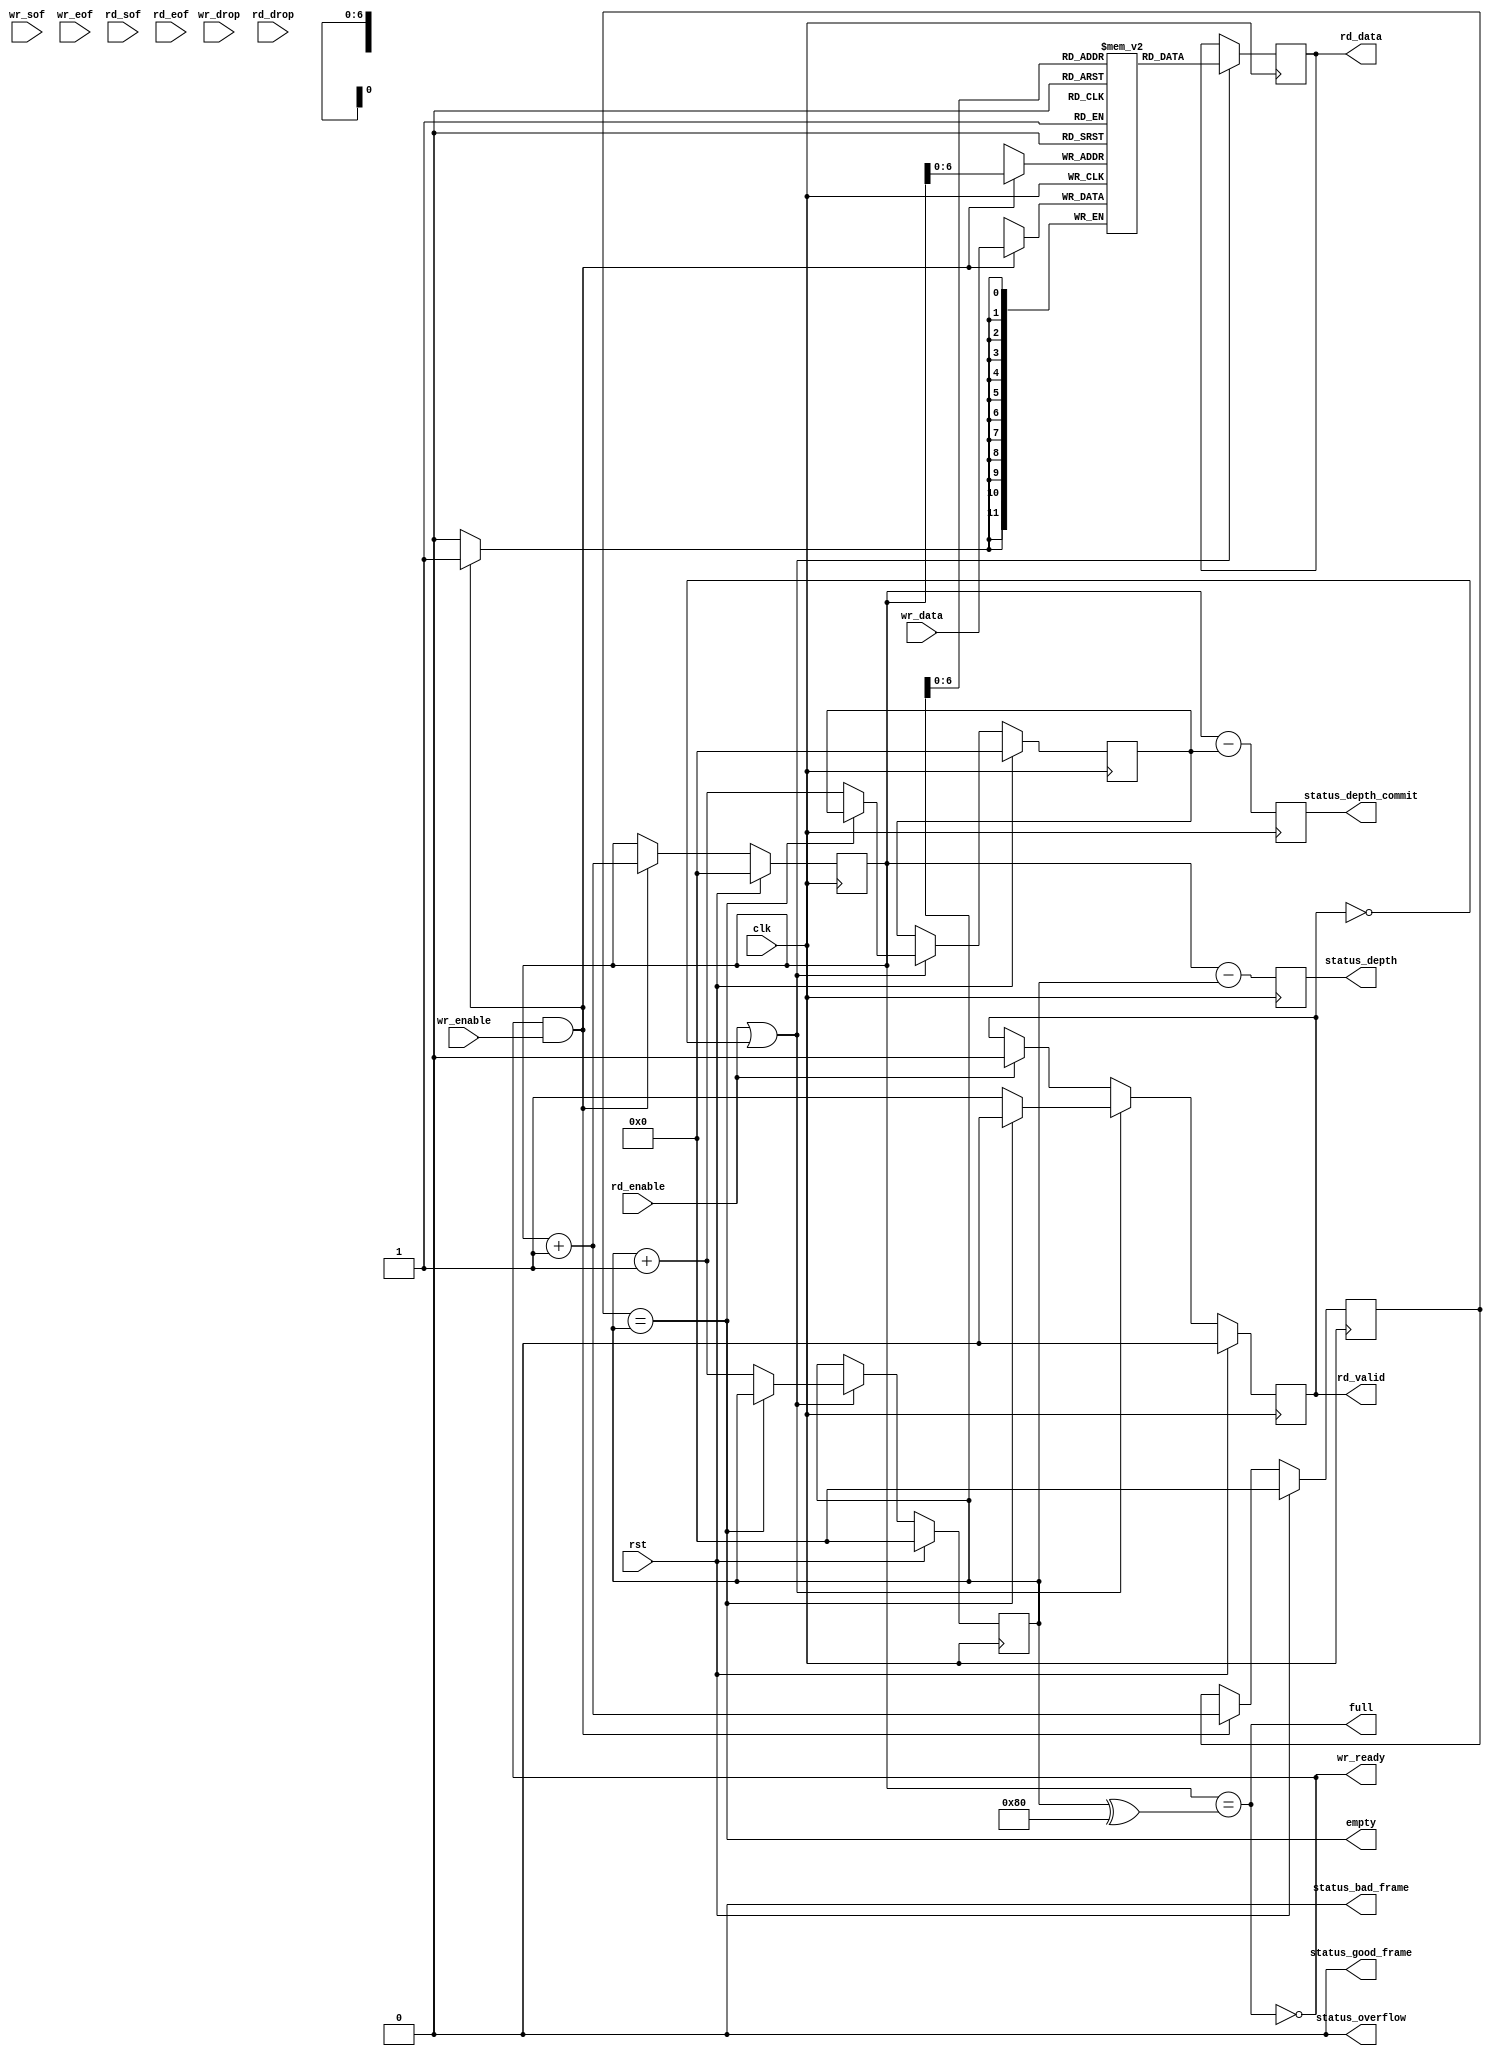
/*

Copyright (c) 2023 Carlos Megas Nez

Permission is hereby granted, free of charge, to any person obtaining a copy
of this software and associated documentation files (the "Software"), to deal
in the Software without restriction, including without limitation the rights
to use, copy, modify, merge, publish, distribute, sublicense, and/or sell
copies of the Software, and to permit persons to whom the Software is
furnished to do so, subject to the following conditions:

The above copyright notice and this permission notice shall be included in
all copies or substantial portions of the Software.

THE SOFTWARE IS PROVIDED "AS IS", WITHOUT WARRANTY OF ANY KIND, EXPRESS OR
IMPLIED, INCLUDING BUT NOT LIMITED TO THE WARRANTIES OF MERCHANTABILITY
FITNESS FOR A PARTICULAR PURPOSE AND NONINFRINGEMENT. IN NO EVENT SHALL THE
AUTHORS OR COPYRIGHT HOLDERS BE LIABLE FOR ANY CLAIM, DAMAGES OR OTHER
LIABILITY, WHETHER IN AN ACTION OF CONTRACT, TORT OR OTHERWISE, ARISING FROM,
OUT OF OR IN CONNECTION WITH THE SOFTWARE OR THE USE OR OTHER DEALINGS IN
THE SOFTWARE.

*/

`resetall
`timescale 1ns / 1ps
`default_nettype none

/*
 * Modified version of Alex Forencich's AXI4-Stream FIFO
 */
module switch_simple_fifo #
(
    // FIFO depth
    // Rounded up to nearest power of 2 cycles
    parameter DEPTH = 128,
    // Width of the data words in bits
    parameter DATA_WIDTH = 12,
    // Fill at initialization
    parameter FILL_INIT = 0,
    // Frame FIFO mode - operate on frames instead of cycles in write port
    parameter FRAME_FIFO_WR = 0,
    // Frame FIFO mode - operate on frames instead of cycles in read port
    parameter FRAME_FIFO_RD = 0,
    // Drop frames larger than FIFO
    // Requires FRAME_FIFO set
    parameter DROP_OVERSIZE_FRAME = FRAME_FIFO_RD || FRAME_FIFO_WR,
    // Drop frames marked bad
    // Requires FRAME_FIFO and DROP_OVERSIZE_FRAME set
    parameter DROP_BAD_FRAME = 0,
    // Drop incoming frames when full
    // When set, sw_in_data_ready is always asserted
    // Requires FRAME_FIFO and DROP_OVERSIZE_FRAME set
    parameter DROP_WHEN_FULL = 0
)
(
    input  wire                   clk,
    input  wire                   rst,
    
    /*
     * Write interface
     */
    input  wire [DATA_WIDTH-1:0]  wr_data,
    input  wire                   wr_enable,
    output wire                   wr_ready,
    input  wire                   wr_sof,
    input  wire                   wr_eof,
    input  wire                   wr_drop,

    /*
     * Read interface
     */
    output wire [DATA_WIDTH-1:0]  rd_data,
    input  wire                   rd_enable,
    output wire                   rd_valid,
    input  wire                   rd_sof,
    input  wire                   rd_eof,
    input  wire                   rd_drop,

    /*
     * Status output
     */
    output wire                   empty,
    output wire                   full,
    output wire [$clog2(DEPTH):0] status_depth,
    output wire [$clog2(DEPTH):0] status_depth_commit,
    output wire                   status_overflow,
    output wire                   status_bad_frame,
    output wire                   status_good_frame
);

// Width of the address (write and read pointers) bus in width
parameter ADDR_WIDTH = $clog2(DEPTH);

// check configuration
initial begin
    if (FRAME_FIFO_WR && FRAME_FIFO_RD) begin
        $error("Error: FRAME_FIFO_WR and FRAME_FIFO_RD are not compatible (instance %m)");
        $finish;
    end

    if (FRAME_FIFO_WR && FILL_INIT) begin
        $error("Error: FRAME_FIFO_WR and FILL_INIT are not compatible (instance %m)");
        $finish;
    end

    if (DROP_OVERSIZE_FRAME && !(FRAME_FIFO_WR || FRAME_FIFO_RD)) begin
        $error("Error: DROP_OVERSIZE_FRAME set requires FRAME_FIFO_WR or FRAME_FIFO_RD set (instance %m)");
        $finish;
    end

    if (DROP_BAD_FRAME && !((FRAME_FIFO_WR || FRAME_FIFO_RD) && DROP_OVERSIZE_FRAME)) begin
        $error("Error: DROP_BAD_FRAME set requires FRAME_FIFO_WR or FRAME_FIFO_RD and DROP_OVERSIZE_FRAME set (instance %m)");
        $finish;
    end

    if (DROP_WHEN_FULL && !((FRAME_FIFO_WR || FRAME_FIFO_RD) && DROP_OVERSIZE_FRAME)) begin
        $error("Error: DROP_WHEN_FULL set requires FRAME_FIFO_WR or FRAME_FIFO_RD and DROP_OVERSIZE_FRAME set (instance %m)");
        $finish;
    end
end

// instantiate RAM for FIFO
(* ramstyle = "no_rw_check" *)
reg [DATA_WIDTH-1:0] mem[(2**ADDR_WIDTH)-1:0];

// auxiliar registers and wires
reg [DATA_WIDTH-1:0] rd_data_reg;
reg [DATA_WIDTH-1:0] rd_data_commit_reg;
reg [DATA_WIDTH-1:0] rd_data_bad_reg;
reg rd_data_select_reg = 1'b0;

// register for reading shortcircuit
reg rd_valid_reg = 1'b0;

reg [ADDR_WIDTH:0] wr_ptr_reg = 0;
reg [ADDR_WIDTH:0] wr_ptr_commit_reg = 0;
reg [ADDR_WIDTH:0] rd_ptr_reg = 0;
reg [ADDR_WIDTH:0] rd_ptr_commit_reg = 0;

// full when first MSB different but rest same
assign full = wr_ptr_reg == (rd_ptr_reg ^ {1'b1, {ADDR_WIDTH{1'b0}}});
// empty when pointers match exactly
assign empty = wr_ptr_commit_reg == rd_ptr_reg;
// overflow within packet
wire empty_rd = rd_ptr_reg == (rd_ptr_commit_reg ^ {1'b1, {ADDR_WIDTH{1'b0}}});
wire full_wr = wr_ptr_reg == (wr_ptr_commit_reg ^ {1'b1, {ADDR_WIDTH{1'b0}}});

reg drop_frame_reg = 1'b0;
reg send_frame_reg = 1'b0;
reg [ADDR_WIDTH:0] depth_reg = 0;
reg [ADDR_WIDTH:0] depth_commit_reg = 0;
reg overflow_reg = 1'b0;
reg bad_frame_reg = 1'b0;
reg good_frame_reg = 1'b0;

assign wr_ready = FRAME_FIFO_WR ? (!full || (full_wr && DROP_OVERSIZE_FRAME) || DROP_WHEN_FULL) : !full;

// map output read
assign rd_data = !rd_data_select_reg ? rd_data_reg : rd_data_bad_reg;
// valid read data
assign rd_valid = rd_valid_reg;

// status depth signal
assign status_depth = depth_reg;
assign status_depth_commit = depth_commit_reg;
assign status_overflow = overflow_reg;
assign status_bad_frame = bad_frame_reg;
assign status_good_frame = good_frame_reg;

generate
    if (FILL_INIT) begin
        reg fill = 1'b1;
        // Write logic
        always @(posedge clk) begin
            if (fill == 1'b0) begin
                // check if something to write
                if (wr_ready && wr_enable) begin
                    // store data
                    mem[wr_ptr_reg[ADDR_WIDTH-1:0]] <= wr_data;
                    wr_ptr_reg <= wr_ptr_reg + 1;
                    wr_ptr_commit_reg <= wr_ptr_reg + 1;                    
                end else begin
                    wr_ptr_reg <= wr_ptr_reg;
                    wr_ptr_commit_reg <= wr_ptr_commit_reg;
                end

            end else begin
                if (wr_ptr_reg < 2**ADDR_WIDTH) begin
                    mem[wr_ptr_reg[ADDR_WIDTH-1:0]] <= wr_ptr_reg;
                    wr_ptr_reg <= wr_ptr_reg + 1;
                    wr_ptr_commit_reg <= wr_ptr_reg + 1;                    
                end else begin
                    // wr_ptr_reg <= wr_ptr_reg + 1;
                    fill <= 1'b0;
                end
            end

            if (rst) begin
                fill <= 1'b1;
                wr_ptr_reg <= 0;
            end
        end
    end else begin
        // Write logic
        always @(posedge clk) begin
            overflow_reg <= 1'b0;
            bad_frame_reg <= 1'b0;
            good_frame_reg <= 1'b0;

            if (FRAME_FIFO_WR) begin
                // frame FIFO mode
                if (wr_ready && wr_enable) begin
                    // transfer in
                    if ((full && DROP_WHEN_FULL) || (full_wr && DROP_OVERSIZE_FRAME) || drop_frame_reg) begin
                        // packet overflow, or currently dropping frame
                        // drop frame
                        drop_frame_reg <= 1'b1;
                        if (wr_eof) begin
                            wr_ptr_reg <= wr_ptr_commit_reg;
                            drop_frame_reg <= 1'b0;
                            overflow_reg <= 1'b1;
                        end
                    end else begin
                        mem[wr_ptr_reg[ADDR_WIDTH-1:0]] <= wr_data;
                        wr_ptr_reg <= wr_ptr_reg + 1;
                        if (wr_eof || (!DROP_OVERSIZE_FRAME && (full_wr || send_frame_reg))) begin
                            // end of frame or send frame
                            send_frame_reg <= !wr_eof;
                            if (wr_eof && DROP_BAD_FRAME && wr_drop) begin
                                // bad packet, reset write pointer
                                wr_ptr_reg <= wr_ptr_commit_reg;
                                bad_frame_reg <= 1'b1;
                            end else begin
                                // good packet or packet overflow, update write pointer
                                wr_ptr_commit_reg <= wr_ptr_reg + 1;
                                good_frame_reg <= wr_eof;
                            end
                        end
                    end
                end else if (wr_enable && full_wr && !DROP_OVERSIZE_FRAME) begin
                    // data valid with packet overflow
                    // update write pointer
                    send_frame_reg <= 1'b1;
                    wr_ptr_commit_reg <= wr_ptr_reg;
                end

                if (rst) begin
                    drop_frame_reg <= 1'b0;
                    send_frame_reg <= 1'b0;
                    overflow_reg <= 1'b0;
                    bad_frame_reg <= 1'b0;
                    good_frame_reg <= 1'b0;
                end
            end else begin
                // normal FIFO mode
                if (wr_ready && wr_enable) begin
                    // store data
                    mem[wr_ptr_reg[ADDR_WIDTH-1:0]] <= wr_data;
                    wr_ptr_reg <= wr_ptr_reg + 1;
                    wr_ptr_commit_reg <= wr_ptr_reg + 1;
                end else begin
                    wr_ptr_reg <= wr_ptr_reg;
                    wr_ptr_commit_reg <= wr_ptr_commit_reg;
                end
            end

            if (rst) begin
                wr_ptr_reg <= 0;
                wr_ptr_commit_reg <= 0;
            end
        end
    end
endgenerate

// Status
always @(posedge clk) begin
    depth_reg <= wr_ptr_reg - rd_ptr_reg;
    if (FRAME_FIFO_WR) begin 
        depth_commit_reg <= wr_ptr_commit_reg - rd_ptr_reg;
    end else begin
        depth_commit_reg <= wr_ptr_reg - rd_ptr_commit_reg;
    end
end

// Read logic
always @(posedge clk) begin
    overflow_reg <= 1'b0;
    bad_frame_reg <= 1'b0;
    good_frame_reg <= 1'b0;

    if (FRAME_FIFO_RD) begin
        // if reading a valid thing
        if ((!empty && rd_enable) || !rd_valid_reg) begin
            rd_valid_reg <= 1'b0;

            // update commit pointer and data with current at starting new frame if previous frame was valid
            if (rd_sof && !rd_data_select_reg) begin
                rd_ptr_commit_reg <= rd_ptr_reg;
                rd_data_commit_reg <= rd_data_reg;
            end

            if ((empty && DROP_WHEN_FULL) || (empty_rd && DROP_OVERSIZE_FRAME) || drop_frame_reg) begin
                // packet overflow, or currently dropping frame
                // drop frame
                drop_frame_reg <= 1'b1;
                if (rd_eof) begin
                    rd_ptr_reg <= rd_ptr_commit_reg;
                    drop_frame_reg <= 1'b0;
                    overflow_reg <= 1'b1;
                end
            end else begin
                rd_valid_reg <= 1'b1;
                rd_data_reg <= mem[rd_ptr_reg[ADDR_WIDTH-1:0]];
                rd_ptr_reg <= rd_ptr_reg + 1;
                rd_data_select_reg <= 1'b0;
                if (rd_eof) begin
                    // end of frame or send frame
                    send_frame_reg <= !rd_eof;
                    if (rd_eof && DROP_BAD_FRAME && rd_drop) begin
                        // bad frame, reset read pointer, reset data
                        if (rd_sof && !rd_data_select_reg) begin
                            rd_ptr_reg <= rd_ptr_reg;
                            rd_data_bad_reg <= rd_data_reg;
                        end else begin
                            rd_ptr_reg <= rd_ptr_commit_reg;
                            rd_data_bad_reg <= rd_data_commit_reg;
                        end
                        rd_data_select_reg <= 1'b1;
                        bad_frame_reg <= 1'b1;
                    end else begin
                        // good packet or packet overflow, update read pointer
                        rd_ptr_commit_reg <= rd_ptr_reg + 1;
                        good_frame_reg <= rd_eof;
                    end
                end
            end
        end else if (rd_enable && empty_rd && !DROP_OVERSIZE_FRAME) begin
            // data valid with packet overflow
            // update read pointer
            send_frame_reg <= 1'b1;
            rd_ptr_commit_reg <= rd_ptr_reg;
        end

        if (rst) begin
            drop_frame_reg <= 1'b0;
            send_frame_reg <= 1'b0;
            overflow_reg <= 1'b0;
            bad_frame_reg <= 1'b0;
            good_frame_reg <= 1'b0;
        end
    end else begin
        if (rd_enable) begin
            rd_valid_reg <= 1'b0;
        end

        if (rd_enable || !rd_valid_reg) begin
            // retrieve current element
            rd_valid_reg <= 1'b0;
            rd_data_reg <= mem[rd_ptr_reg[ADDR_WIDTH-1:0]];

            if (!empty) begin
                // increment read pointer
                rd_valid_reg <= 1'b1;
                rd_ptr_reg <= rd_ptr_reg + 1;
                rd_ptr_commit_reg <= rd_ptr_reg + 1;
            end else begin
                // keep pointer value
                rd_ptr_reg <= rd_ptr_reg;
                rd_ptr_commit_reg <= rd_ptr_commit_reg;
            end
        end
    end

    if (rst) begin
        rd_ptr_reg <= {ADDR_WIDTH+1{1'b0}};
        rd_ptr_commit_reg <= {ADDR_WIDTH+1{1'b0}};
        rd_valid_reg <= 1'b0;
    end
end

endmodule